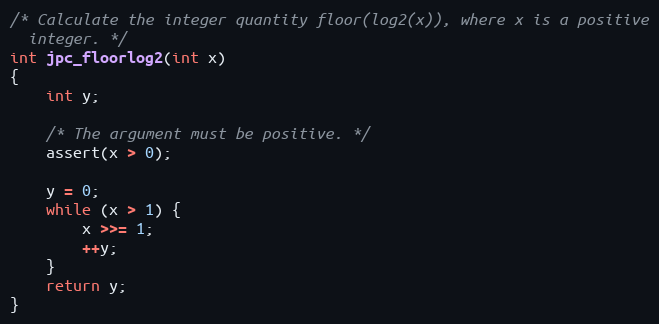
Language: C
/* Calculate the integer quantity floor(log2(x)), where x is a positive
  integer. */
int jpc_floorlog2(int x)
{
    int y;

    /* The argument must be positive. */
    assert(x > 0);

    y = 0;
    while (x > 1) {
        x >>= 1;
        ++y;
    }
    return y;
}